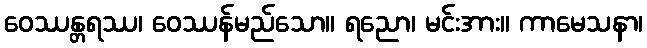
ဝေဿန္တရဿ၊ ဝေဿန်မည်သော။ ရညော၊ မင်းအား။ ကာမေသနာ၊